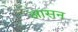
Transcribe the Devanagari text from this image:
अासन